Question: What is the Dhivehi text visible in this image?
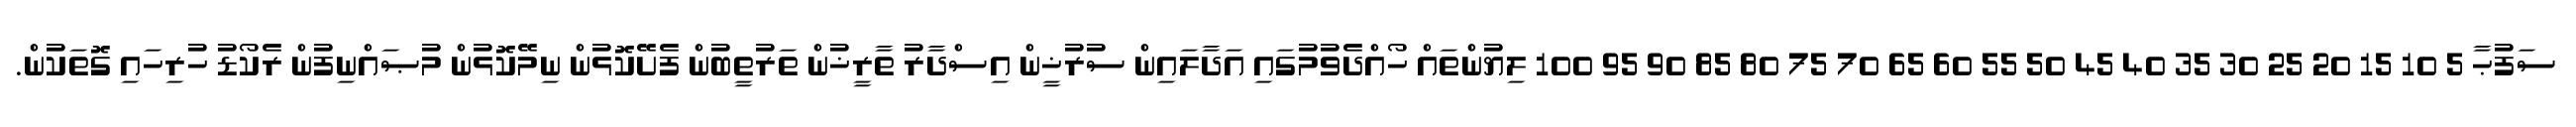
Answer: ސަފުޙާ 5 10 15 20 25 30 35 40 45 50 55 60 65 70 75 80 85 90 95 100 ލިޔުންތައް ހޯއްދެވުމުގައި އަދާލައިން ސުރުޚީން އިސްދާރު ތާރީޚުން ތަރުތީބުން ފެށޭކޮޅުން ނިމޭކޮޅުން މުޞައްނިފުން ރެކޯޑު ހުރިހައި ގޮތަކުން.